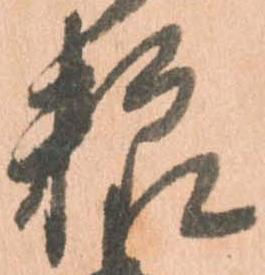
粮